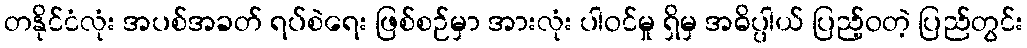
တနိုင်ငံလုံး အပစ်အခတ် ရပ်စဲရေး ဖြစ်စဉ်မှာ အားလုံး ပါဝင်မှု ရှိမှ အဓိပ္ပါယ် ပြည့်ဝတဲ့ ပြည်တွင်း